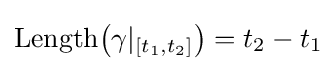
\operatorname {Length} \!\left(\gamma |_{[t_{1},t_{2}]}\right)=t_{2}-t_{1}